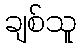
ချစ်သူ